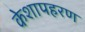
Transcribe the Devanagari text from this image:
केशापहरण